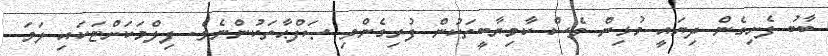
ބާބު ފެށިގެން ދިޔައީ މުޅިން ވެސް ކާމިޔާބީތަކުން ފުރިގެންވި ޞަފްޙާތަކުންނެވެ. ފިލްމަކަށްޓަކައި ލަވަ